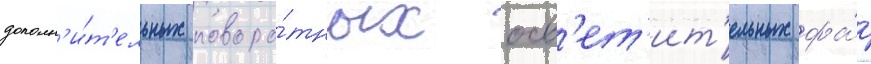
дополн'и́т'ельных поворо́тных осв'ет'ит'ельных фа́р